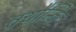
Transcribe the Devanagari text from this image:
क्यौन्कि